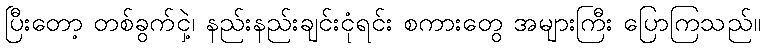
ပြီးတော့ တစ်ခွက်ငှဲ့၊ နည်းနည်းချင်းငုံရင်း စကားတွေ အများကြီး ပြောကြသည်။